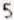
5